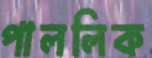
পাললিক